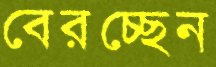
বেরচ্ছেন